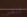
لنفس